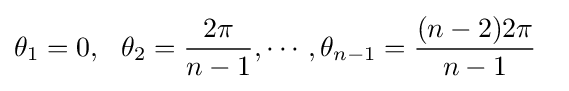
\theta _{1}=0,\ \ \theta _{2}={\frac {2\pi }{n-1}},\cdots ,\theta _{n-1}={\frac {(n-2)2\pi }{n-1}}\ \